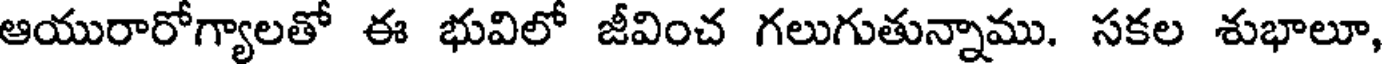
ఆయురారోగ్యాలతో ఈ భువిలో జీవించ గలుగుతున్నాము. సకల శుభాలూ,